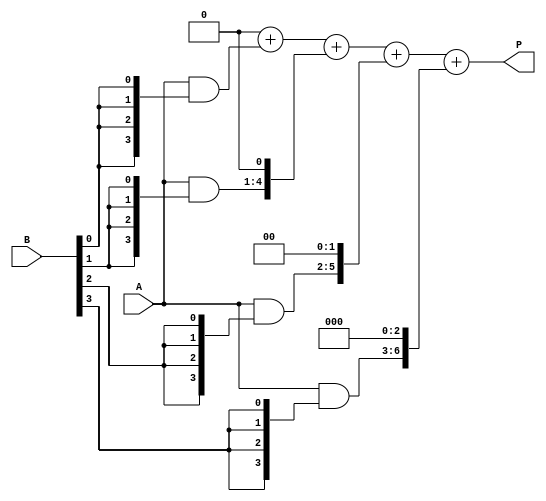
module array_multiplier #(parameter A_WIDTH = 4, parameter B_WIDTH = 4) (
    input [A_WIDTH-1:0] A,     // Multiplicand
    input [B_WIDTH-1:0] B,     // Multiplier
    output reg [A_WIDTH + B_WIDTH - 1:0] P // Product
);

    // Internal wires for partial products
    wire [A_WIDTH-1:0] pp [0:B_WIDTH-1]; // Array to hold partial products

    // Generate partial products
    genvar i, j;
    generate
        for (i = 0; i < B_WIDTH; i = i + 1) begin: partial_product_gen
            assign pp[i] = A & {A_WIDTH{B[i]}}; // ANDing A with each bit of B
        end
    endgenerate

    // Sum partial products with appropriate shifts
    integer k;
    always @(*) begin
        P = 0; // Initialize product
        for (k = 0; k < B_WIDTH; k = k + 1) begin
            P = P + (pp[k] << k); // Shift and add each partial product
        end
    end

endmodule